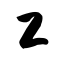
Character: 工